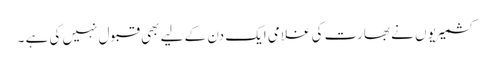
کشمیریو ں نے بھارت کی غلامی ایک دن کے لیے بھی قبول نہیں کی ہے ۔